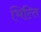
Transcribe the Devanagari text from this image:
भित्‍ति